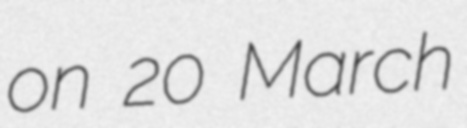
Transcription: on 20 March